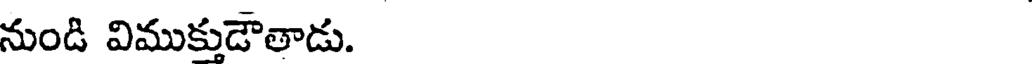
నుండి విముకుడౌతాడు.